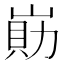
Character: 𡺕